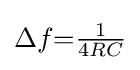
\Delta f{=}{\tfrac {1}{4RC}}